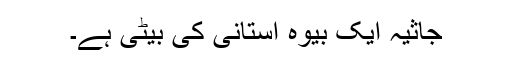
جاثیہ ایک بیوہ استانی کی بیٹی ہے۔